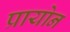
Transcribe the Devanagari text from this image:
प्रायोन